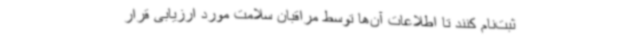
ثبت‌نام کنند تا اطلاعات آن‌ها توسط مراقبان سلامت مورد ارزیابی قرار